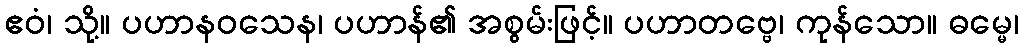
ဧဝံ၊ သို့။ ပဟာနဝသေန၊ ပဟာန်၏ အစွမ်းဖြင့်။ ပဟာတဗ္ဗေ၊ ကုန်သော။ ဓမ္မေ၊